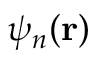
\psi _ { n } ( \mathbf { r } )